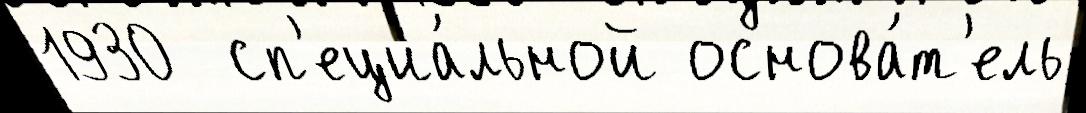
1930  сп'ециа́льной основа́т'ель